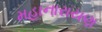
મહાનારાયણ